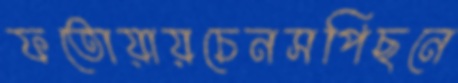
ফতোয়ায়চেনসপিছনে